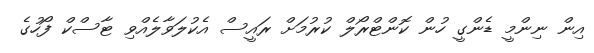
އިން ނިންމީ ޑެންގީ ހުން ކޮންޓްރޯލް ކުރުމަށް ރައީސް އެކުލަވާލެއްވި ޓާސްކް ފޯހުގެ